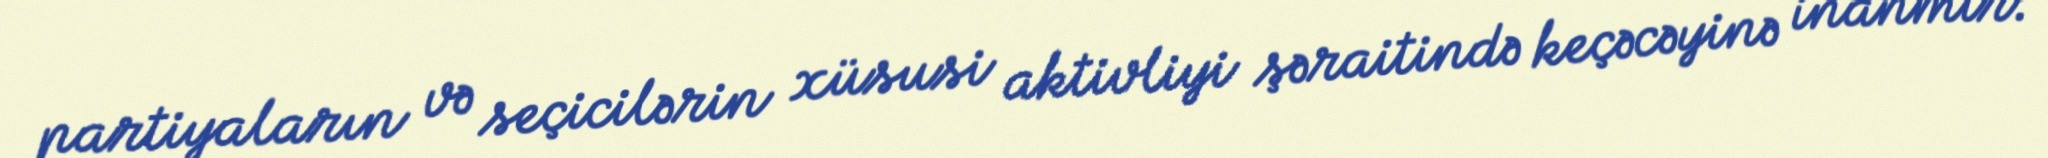
partiyaların və seçicilərin xüsusi aktivliyi şəraitində keçəcəyinə inanmır: